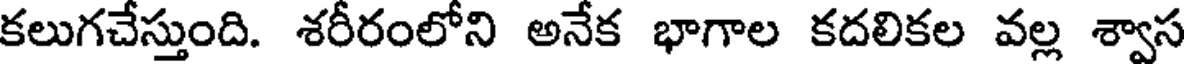
కలుగచేస్తుంది. శరీరంలోని అనేక భాగాల కదలికల వల్ల శ్వాస